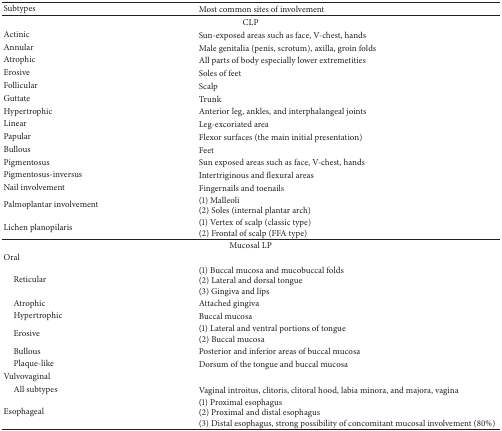
| Subtypes | Most common sites of involvement |
 | --- | --- |
 | <COLSPAN=2> CLP |
 | Actinic | Sun-exposed areas such as face, V-chest, hands |
 | Annular | Male genitalia (penis, scrotum), axilla, groin folds |
 | Atrophic | All parts of body especially lower extremetities |
 | Erosive | Soles of feet |
 | Follicular | Scalp |
 | Guttate | Trunk |
 | Hypertrophic | Anterior leg, ankles, and interphalangeal joints |
 | Linear | Leg-excoriated area |
 | Papular | Flexor surfaces (the main initial presentation) |
 | Bullous | Feet |
 | Pigmentosus | Sun exposed areas such as face, V-chest, hands |
 | Pigmentosus-inversus | Intertriginous and flexural areas |
 | Nail involvement | Fingernails and toenails |
 | Palmoplantar involvement | (1) Malleoli(2) Soles (internal plantar arch) |
 | Lichen planopilaris | (1) Vertex of scalp (classic type)(2) Frontal of scalp (FFA type) |
 | <COLSPAN=2> Mucosal LP |
 | Oral |  |
 | Reticular | (1) Buccal mucosa and mucobuccal folds(2) Lateral and dorsal tongue(3) Gingiva and lips |
 | Atrophic | Attached gingiva |
 | Hypertrophic | Buccal mucosa |
 | Erosive | (1) Lateral and ventral portions of tongue(2) Buccal mucosa |
 | Bullous | Posterior and inferior areas of buccal mucosa |
 | Plaque-like | Dorsum of the tongue and buccal mucosa |
 | Vulvovaginal |  |
 | All subtypes | Vaginal introitus, clitoris, clitoral hood, labia minora, and majora, vagina |
 | Esophageal | (1) Proximal esophagus(2) Proximal and distal esophagus(3) Distal esophagus, strong possibility of concomitant mucosal involvement (80%) |